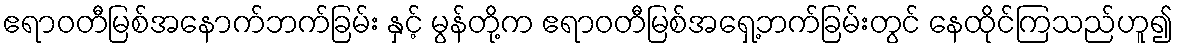
ဧရာဝတီမြစ်အနောက်ဘက်ခြမ်း နှင့် မွန်တို့က ဧရာဝတီမြစ်အရှေ့ဘက်ခြမ်းတွင် နေထိုင်ကြသည်ဟူ၍